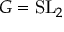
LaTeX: G = \mathrm { { S L } } _ { 2 }